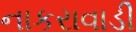
નાકરાવાડી